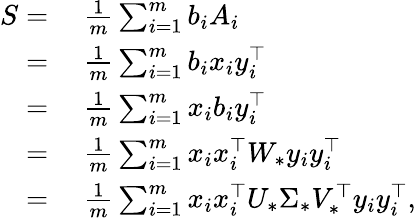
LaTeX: \begin{array}{rl}{S=}&{~\frac{1}{m}\sum_{i=1}^{m}b_{i}A_{i}}\\ {=}&{~\frac{1}{m}\sum_{i=1}^{m}b_{i}x_{i}y_{i}^{\top}}\\ {=}&{~\frac{1}{m}\sum_{i=1}^{m}x_{i}b_{i}y_{i}^{\top}}\\ {=}&{~\frac{1}{m}\sum_{i=1}^{m}x_{i}x_{i}^{\top}W_{*}y_{i}y_{i}^{\top}}\\ {=}&{~\frac{1}{m}\sum_{i=1}^{m}x_{i}x_{i}^{\top}U_{*}\Sigma_{*}V_{*}^{\top}y_{i}y_{i}^{\top},}\end{array}